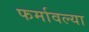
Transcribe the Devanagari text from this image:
फर्मावल्या